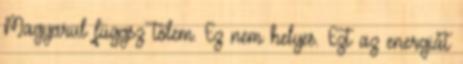
Magyarul függsz tőlem. Ez nem helyes. Ezt az energiát